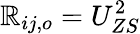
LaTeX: \mathbb{R}_{ij,o}=U_{ZS}^{2}